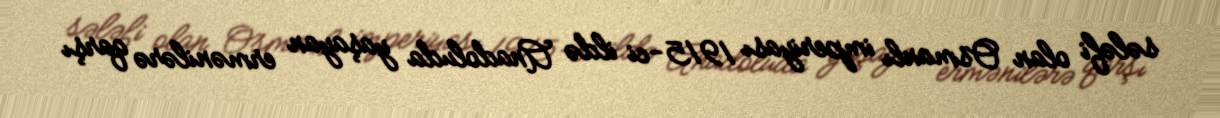
sələfi olan Osmanlı imperiyası 1915-ci ildə Anadoluda yaşayan ermənilərə qarşı